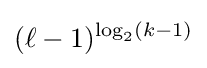
(\ell -1)^{\log _{2}(k-1)}